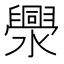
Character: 𱩫